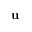
\mathbf { u }